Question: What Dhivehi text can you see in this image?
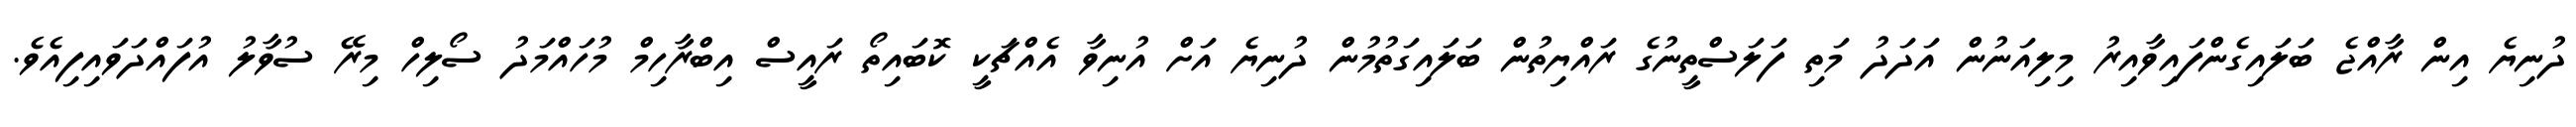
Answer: ދުނިޔެ އިން ރާއްޖެ ބަލައިގެންފައިވާއިރު މިލިއަނުން އަދަދު މަތި ފަލަސްތީނުގެ ރައްޔިތުން ބަލައިގަތުމުން ދުނިޔެ އަށް އުނިވާ އެއްޗަކީ ކޮބައިތޯ ރައީސް އިބްރާހިމް މުހައްމަދު ސޯލިހް މިރޭ ސުވާލު އުފައްދަވައިފިއެވެ.